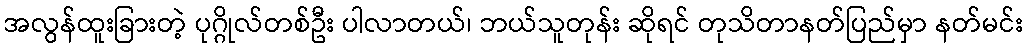
အလွန်ထူးခြားတဲ့ ပုဂ္ဂိုလ်တစ်ဦး ပါလာတယ်၊ ဘယ်သူတုန်း ဆိုရင် တုသိတာနတ်ပြည်မှာ နတ်မင်း